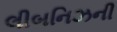
લીબનિઝની